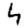
Digit: 4